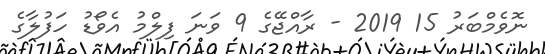
ނޮވެމްބަރު 15 2019 - ރާއްޖޭގެ 9 ވަނަ ފިލްމު އެވޯޑު ހަފުލާގެ